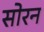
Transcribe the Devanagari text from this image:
सोरन